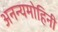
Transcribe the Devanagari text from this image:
अनन्यमोहिनी